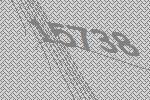
15738